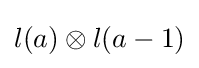
l(a)\otimes l(a-1)